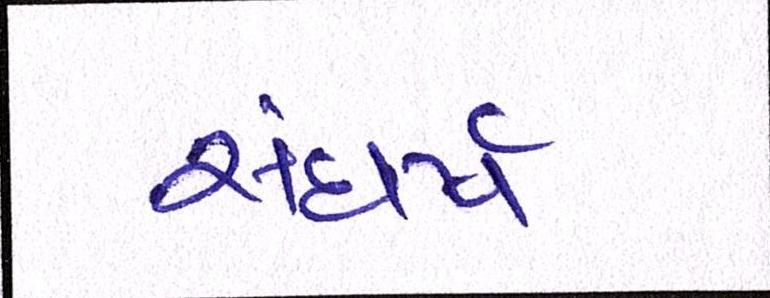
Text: સંઘર્ષ